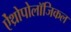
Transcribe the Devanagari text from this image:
ऐंथ्रोपोलॉजिकल